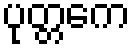
ပုတ္တကေ